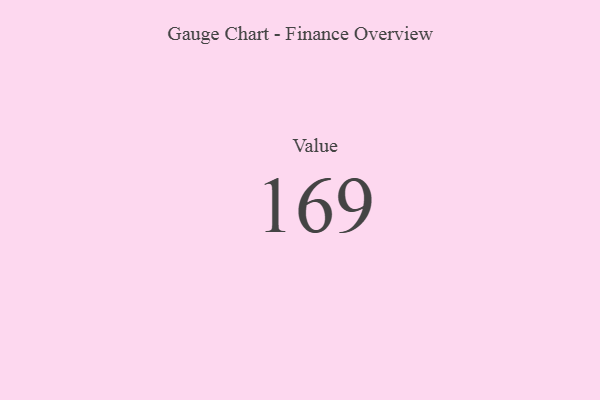
{"axis": {"x": "Metric", "y": "Value"}, "legend": [""], "data": [{"x": "Value", "y": 169, "type": ""}]}